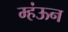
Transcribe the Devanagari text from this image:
म्हंऊन